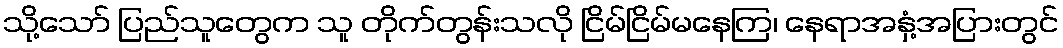
သို့သော် ပြည်သူတွေက သူ တိုက်တွန်းသလို ငြိမ်ငြိမ်မနေကြ၊ နေရာအနှံ့အပြားတွင်